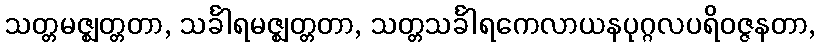
သတ္တမဇ္ဈတ္တတာ, သင်္ခါရမဇ္ဈတ္တတာ, သတ္တသင်္ခါရကေလာယနပုဂ္ဂလပရိဝဇ္ဇနတာ,